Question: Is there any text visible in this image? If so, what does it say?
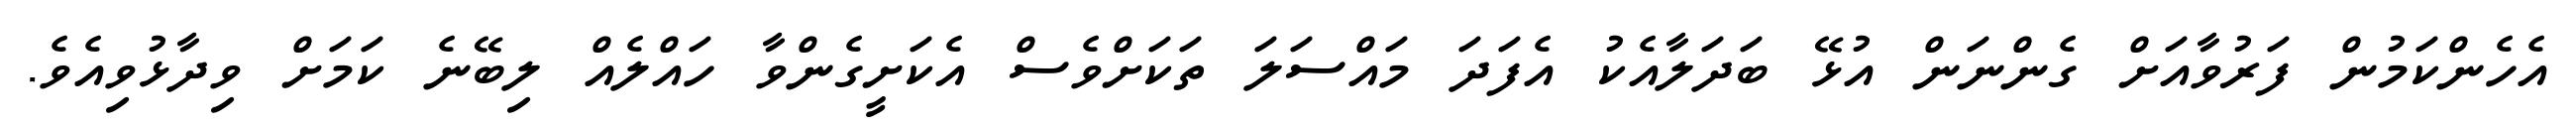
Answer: އެހެންކަމުން ފަރުވާއަށް ގެންނަން އުޅޭ ބަދަލާއެކު އެފަދަ މައްސަލަ ތަކަށްވެސް އެކަށީގެންވާ ހައްލެއް ލިބޭނެ ކަމަށް ވިދާޅުވިއެވެ.